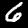
Label: 6